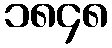
၁၈၄၈